Elephants and their diseases
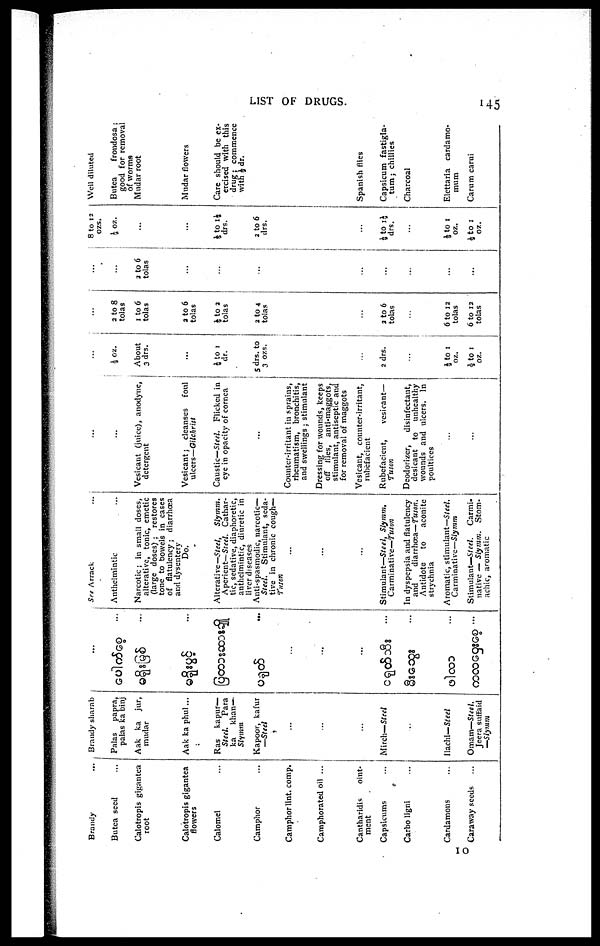
LIST OF DRUGS.
145
Brandy ...
Butea seed
Calotropis gigantea
root
Calotropis gigantea
flowers
Calomel
Camphor
Camphor lint. comp.
Camphorated oil ...
Cantharidis
oint-
ment
Capsicums
Carbo ligni
Cardamons
Caraway seeds
Brandy sharab
Palas
papra,
palas ka binj
Aak ka
jur,
mudar
Aak ka phul...
Ras
kapur—
Steel.
Para
ka
khan—
Slymm
Kapoor, kafur
—Steel
Much—Steel
Ilachi— Steel
Omam—Steel.
Jeera suffaid
—Slymm
...
...
...
...
....
...
...
...
...
...
...
See Arrack
Anthelmintic
Narcotic ; in small doses,
alterative, tonic, emetic
(large doses) ; restores
tone to bowels in cases
of
flatulency;
diarrhoea
and dysentery
Do."
Alterative— Steel,
Slymm.
Aperient— Steel. Cathar-
tic, sedative, diaphoretic,
anthelmintic, diuretic in
liver diseases
Anti-spasmodic, narcotic—
Steel.
Stimulant, seda-
tive in chronic cough—
Tuson
...
...
...
Stimulant—Steel, Slymm,
Carminative—Tuson
In dyspepsia and flatulency
and
diarrhœa—Tuson.
Antidote
to
aconite
strychnia
Aromatic, stimulant—Steel.
Carminative—Slymm
Stimulant—Steel.
Carmi-
native — Slymm.
Stom-
achic, aromatic
...
...
Vesicant (juice), anodyne,
detergent
Vesicant; cleanses
foul
ulcers—Gilchrist
Caustic—Steel. Flicked in
eye in opacity of cornea
...
Counter-irritant in sprains,
rheumatism, bronchitis,
and swellings; stimulant
Dressing for wounds, keeps
off flies, anti-maggots,
stimulant, antiseptic and
for removal of maggots
Vesicant, counter-irritant,
rubefacient
Rubefacient,
vesicant—
Tuson
Deodorizer,
disinfectant,
desicant to
unhealthy
wounds and ulcers. In
poultices
...
...
...
½oz.
About
3 drs.
...
½to 1
dr.
5 drs. to
3 ozs.
...
2 drs.
...
½ to 1
oz.
½to 1
oz.
2 to 8
tolas
1 to 6
tolas
2 to 6
tolas
½ to 2
tolas
2 to 4
tolas
...
a to 6
tolas
...
6 to 12
tolas
6 to 12
tolas
2 to 6
tolas
...
...
...
...
...
...
...
...
8 to 12
ozs.
½ oz.
...
...
½to1½
drs.
2 to 6
drs.
...
½ to 1½
drs.
...
½to 1
oz.
½ to 1
oz.
Well diluted
Butea
frondosa ;
good for removal
of worms
Mudar root
Mudar flowers
Care should be ex-
ercised with this
drug; commence
with ½ dr.
Spanish flies
Capsicum fastigla-
tum; chillies
Charcoal
Elettaria cardamo-
mum
Carum carui
10